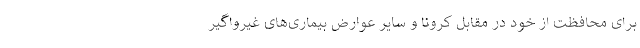
برای محافظت از خود در مقابل کرونا و سایر عوارض بیماری‌های غیرواگیر